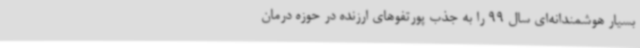
بسیار هوشمندانه‌ای سال 99 را به جذب پورتفوهای ارزنده در حوزه درمان